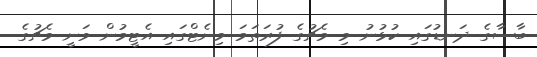
ބާސާގެ ދަނޑުގައި ކުޅުނު މި މެޗުގެ ފުރަތަމަ މިނެޓްގައި އެޓީމުން ވަނީ މެޗުގެ